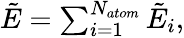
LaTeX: \begin{array}{r}{\tilde{E}=\sum_{i=1}^{N_{atom}}\tilde{E}_{i},}\end{array}